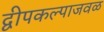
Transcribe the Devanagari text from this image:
द्वीपकल्पाजवळ